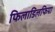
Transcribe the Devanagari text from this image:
फिलाडिलफिया